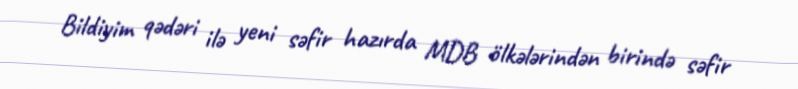
Bildiyim qədəri ilə yeni səfir hazırda MDB ölkələrindən birində səfir